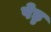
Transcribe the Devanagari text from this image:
पेड्ड